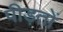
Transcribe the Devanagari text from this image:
पीड़तों